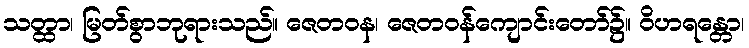
သတ္ထာ၊ မြတ်စွာဘုရားသည်။ ဇေတဝန၊ ဇေတဝန်ကျောင်းတော်၌။ ဝိဟရန္တော၊